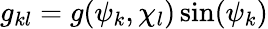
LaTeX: g_{kl}=g(\psi_{k},\chi_{l})\sin(\psi_{k})